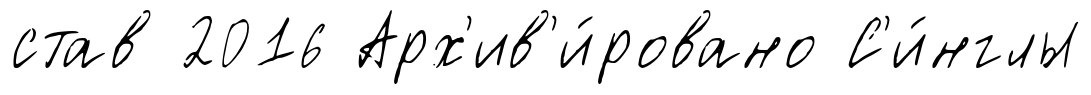
став 2016 Арх'ив'и́ровано С'и́нглы